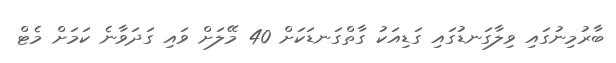
ބާރުމިނުގައި ވިލާގަނޑުގައި ގަޑިއަކު ގާތްގަނޑަކަށް 40 މޭލަށް ވައި ގަދަވާނެ ކަމަށް މެޓް